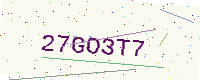
Text: 27GO3T7